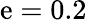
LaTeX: \mathrm{e}=0.2